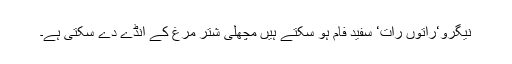
نیگرو‘راتوں رات‘ سفید فام ہو سکتے ہیں مچھلی شتر مرغ کے انڈے دے سکتی ہے۔